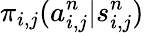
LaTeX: \pi_{i,j}(a_{i,j}^{n}|s_{i,j}^{n})